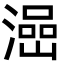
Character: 澏